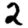
Digit: 2